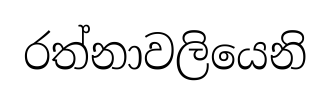
රත්නාවලියෙනි